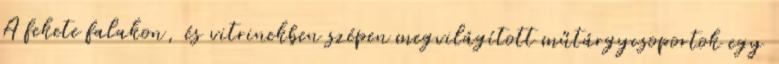
A fekete falakon, és vitrinekben szépen megvilágított műtárgycsoportok egy